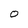
Character: 0